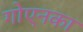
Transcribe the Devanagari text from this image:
गोएनका